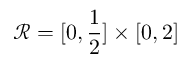
\mathscr { R } = [ 0 , \frac { 1 } { 2 } ] \times [ 0 , 2 ]